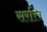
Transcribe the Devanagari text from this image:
सरत्ति